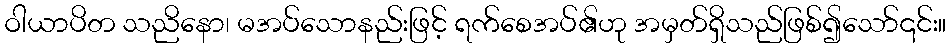
ဝါယာပိတ သညိနော၊ မအပ်သောနည်းဖြင့် ရက်စေအပ်၏ဟု အမှတ်ရှိသည်ဖြစ်၍သော်၎င်း။